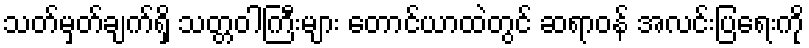
သတ်မှတ်ချက်ရှိ သတ္တဝါကြီးများ တောင်ယာထဲတွင် ဆရာဝန် အလင်းပြရေးကို